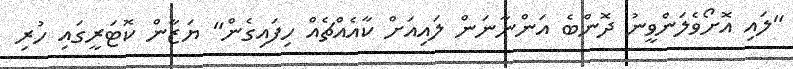
"ލައި އޮށޯވެލަންވީނު ދޮންބެ އަންނާނަން ލައިއަށް ކާއެއްޗެއް ހިފައިގެން" ޔަޒާން ކޮޓަރީގައި ހުރި